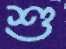
শু